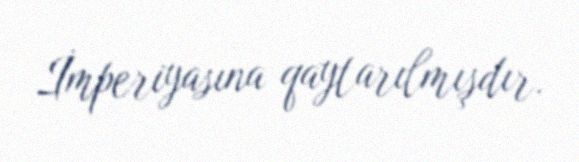
İmperiyasına qaytarılmışdır.